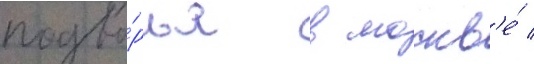
подво́рья в москв'е́ /